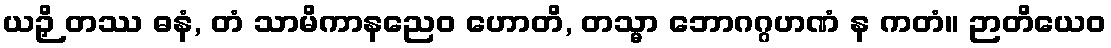
ယဉှိ တဿ ဓနံ, တံ သာမိကာနညေဝ ဟောတိ, တသ္မာ ဘောဂဂ္ဂဟဏံ န ကတံ။ ဉာတိယေဝ